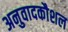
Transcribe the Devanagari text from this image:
अनुवादकौशल